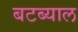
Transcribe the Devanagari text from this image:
बटब्याल